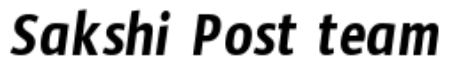
Sakshi Post team